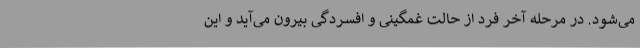
می‌شود. در مرحله آخر فرد از حالت غمگینی و افسردگی بیرون می‌آید و این